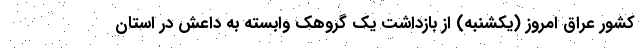
کشور عراق امروز (یکشنبه) از بازداشت یک گروهک وابسته به داعش در استان